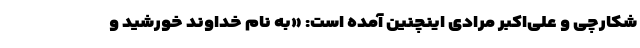
شکارچی و علی‌اکبر مرادی اینچنین آمده است: «به نام خداوند خورشید و